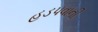
હડપવાની